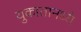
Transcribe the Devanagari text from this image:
युकातानध्ये